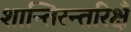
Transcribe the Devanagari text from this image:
शान्तिरन्तरिक्षँ